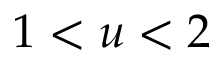
1 < u < 2